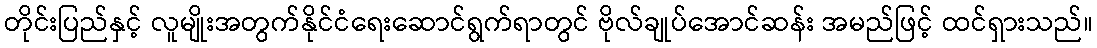
တိုင်းပြည်နှင့် လူမျိုးအတွက်နိုင်ငံရေးဆောင်ရွက်ရာတွင် ဗိုလ်ချုပ်အောင်ဆန်း အမည်ဖြင့် ထင်ရှားသည်။